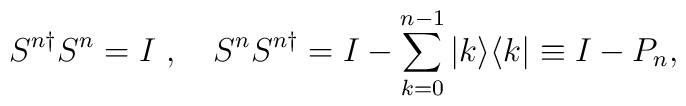
S^{n\dagger}S^n=I\ , \quad S^nS^{n\dagger}=I-\sum_{k=0}^{n-1}|k\rangle\langle k|\equiv I-P_n,